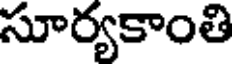
సూర్యకాంతి